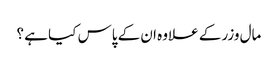
مال وزر کے علاوہ ان کے پاس کیا ہے ؟